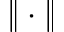
\| \cdot \|